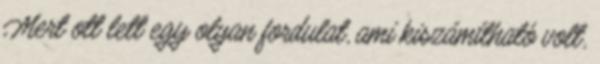
Mert ott lett egy olyan fordulat, ami kiszámítható volt,